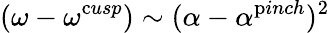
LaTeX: (\omega-\omega^{\mathrm{c}usp})\sim(\alpha-\alpha^{\mathrm{p}inch})^{2}